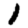
Digit: 1